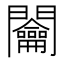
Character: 𨷲